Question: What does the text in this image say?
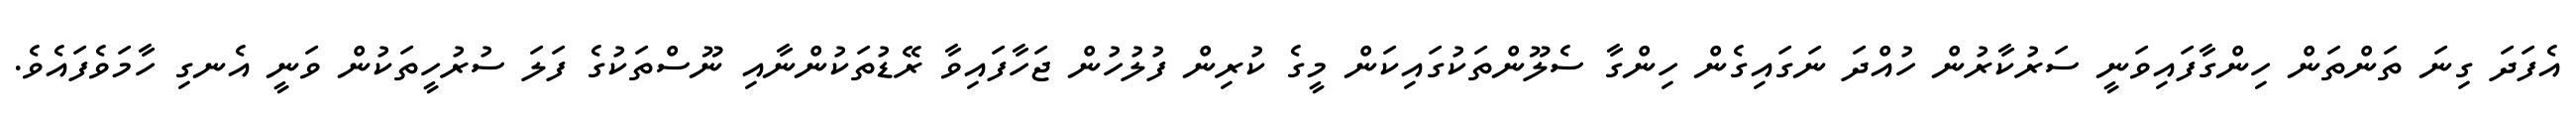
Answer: އެފަދަ ގިނަ ތަންތަން ހިންގާފައިވަނީ ސަރުކާރުން ހުއްދަ ނަގައިގެން ހިންގާ ސެލޫންތަކުގައިކަން މީގެ ކުރިން ފުލުހުން ޖަހާފައިވާ ރޭޑުތަކުންނާއި ނޫސްތަކުގެ ފަލަ ސުރުހީތަކުން ވަނީ އެނގި ހާމަވެފައެވެ.